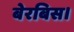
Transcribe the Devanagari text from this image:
बेरबिस।